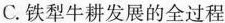
C.铁犁牛耕发展的全过程